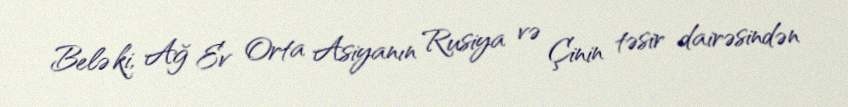
Belə ki, Ağ Ev Orta Asiyanın Rusiya və Çinin təsir dairəsindən